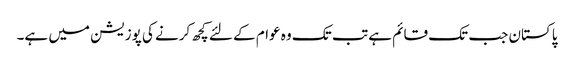
پاکستان جب تک قائم ہے تب تک وہ عوام کے لئے کچھ کرنے کی پوزیشن میں ہے۔